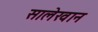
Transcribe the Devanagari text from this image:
सालेखान